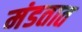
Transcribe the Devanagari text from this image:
मंडतात